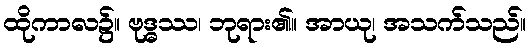
ထိုကာလ၌။ ဗုဒ္ဓဿ၊ ဘုရား၏။ အာယု၊ အသက်သည်။